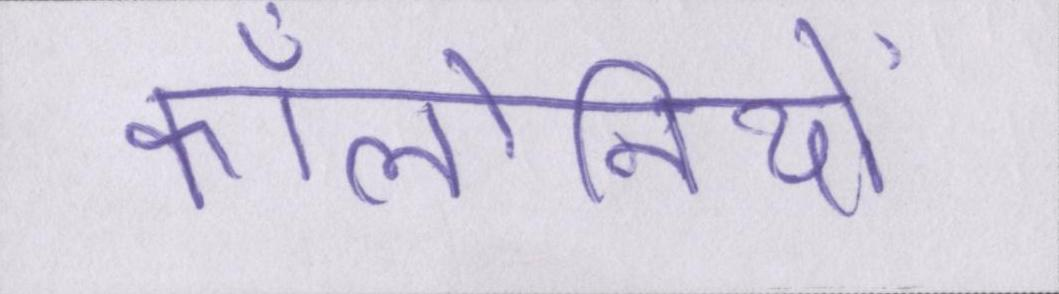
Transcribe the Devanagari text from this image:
कॉलोनियों